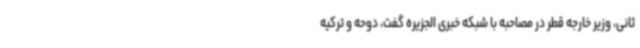
ثانی، وزیر خارجه قطر در مصاحبه با شبکه خبری الجزیره گفت، دوحه و ترکیه